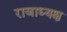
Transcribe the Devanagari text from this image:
राजाध्‍यक्ष